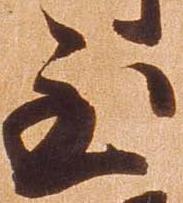
至